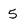
Character: 5